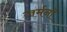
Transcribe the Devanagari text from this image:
जर्मनॉ